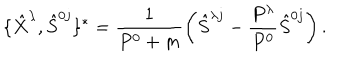
LaTeX: \{ \hat { X } ^ { \lambda } , \hat { S } ^ { 0 j } \} ^ { * } = \frac { 1 } { P ^ { 0 } + m } \left( \hat { S } ^ { \lambda j } - \frac { P ^ { \lambda } } { P ^ { 0 } } \hat { S } ^ { 0 j } \right) .